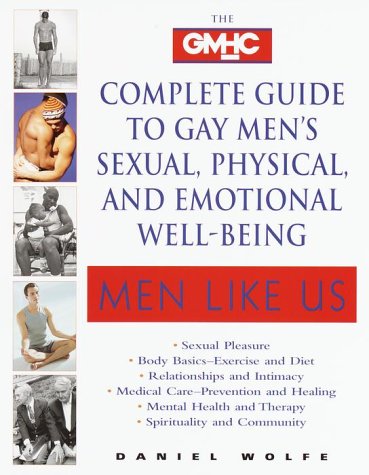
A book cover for Men Like Us : The Gmhc Complete Guide to Gay Men's Sexual, Physical, and Emotional Well-Being; Daniel Wolfe; Health, Fitness & Dieting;